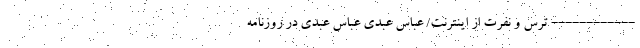
------------ ترس و نفرت از اینترنت/ عباس عبدی عباس عبدی در روزنامه